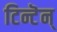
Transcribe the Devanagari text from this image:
टिन्टॆन्